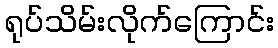
ရုပ်သိမ်းလိုက်ကြောင်း